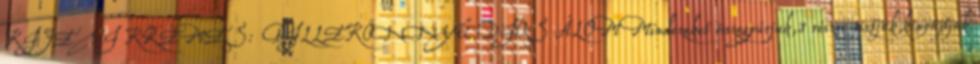
KIJEVI KRÉMES: PILLEKÖNNYŰ DIÓS ÁLOM Mindezeket összegyúrjuk,3 részre osztjuk,kinyújtjuk